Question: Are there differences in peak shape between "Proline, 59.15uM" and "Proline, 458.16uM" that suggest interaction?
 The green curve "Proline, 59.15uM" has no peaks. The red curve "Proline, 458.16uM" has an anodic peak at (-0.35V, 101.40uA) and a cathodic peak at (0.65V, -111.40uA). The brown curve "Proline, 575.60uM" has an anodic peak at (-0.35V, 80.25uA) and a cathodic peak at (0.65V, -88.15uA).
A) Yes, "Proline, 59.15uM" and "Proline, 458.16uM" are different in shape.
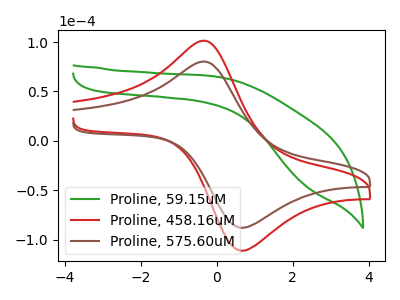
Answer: <think>"Proline, 59.15uM" and "Proline, 458.16uM" have a different number of peaks.
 </think>
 <answer>A) Yes, "Proline, 59.15uM" and "Proline, 458.16uM" are different in shape.</answer>
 <eval>A</eval>